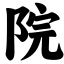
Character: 院